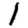
Digit: 1